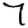
Digit: 7